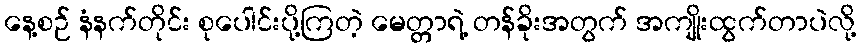
နေ့စဉ် နံနက်တိုင်း စုပေါင်းပို့ကြတဲ့ မေတ္တာရဲ့ တန်ခိုးအတွက် အကျိုးထွက်တာပဲလို့